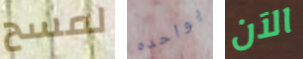
لمسح بواحده الآن